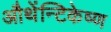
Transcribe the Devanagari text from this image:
औथेंन्टिकेष्ण